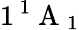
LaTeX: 1\, ^{1}\mathrm{~A~}_{1}